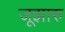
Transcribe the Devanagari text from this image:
जूझारु